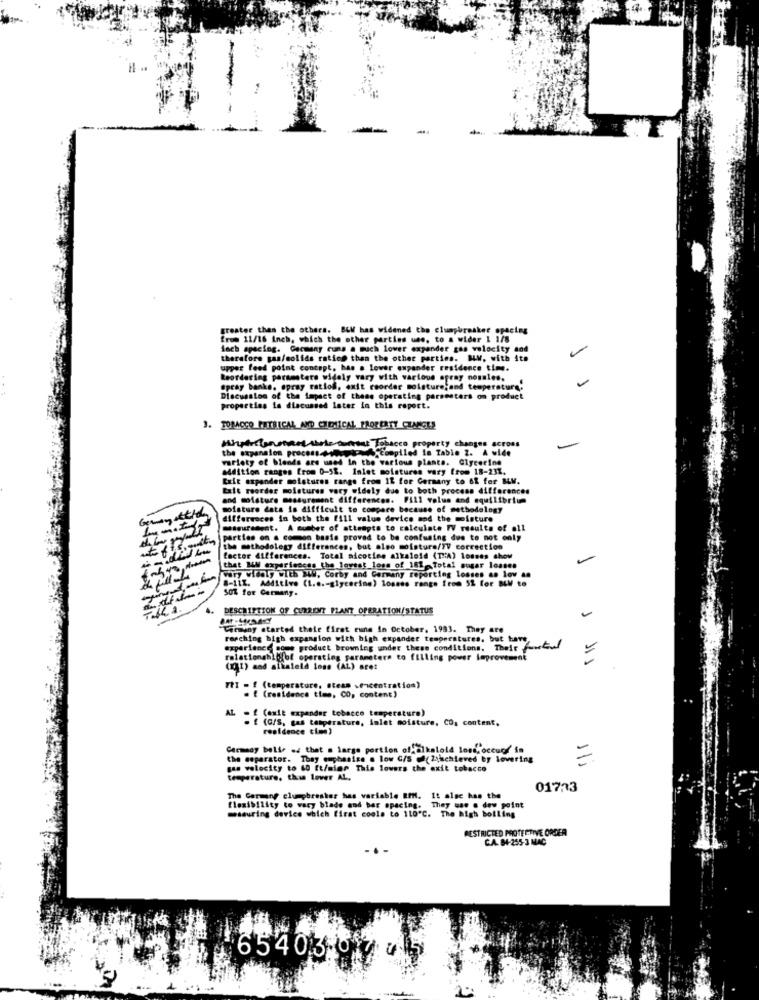
greater than the others. BEM has widened the clumpbreaker spacing
from 11/16 Inch, which the other parties une, to a wider 1 1/8
inch spacing. Germany runs a much lower expander gas velocity and
therefore gas/solids ration than the other parties. MV, with ita
upper feed point concept, has a lower expander residence time.
Reordering parameters widely vary with various spray nogales,
spray banke. spray ratios, exit reorder moisture,and temperature.
Discussion of the impact of thees operating parsenters om product
properties Is discussed later in this report.
3. TOBACCO PUTRICAL AND CHEMICAL MAOFERTY CUNAGLE
Mhpfranseetthele durst Tobacco property changes across
the expansion procent -..... . compiled in Table 2. A wide
variety of blends are used in the various plants. Glycerine
addition ranges from 0-52. Inlet moistures vary from 18-231.
Exit expander moistures range from IL for Germany to &t for BLV.
Lait reorder moistures vary widely due to both process differences
and moisture measurement differences. Fill volus and equilibrium
moisture data is difficult to compare because of methodology
differences in both the Eill value device and the moisture
measurement. A number of attempts to calculate WV results of all
parties on a common basis proved to be confusing due to not only
the methodology differences, but also moisture/TV correction
factor differences. Total nicotine alkaloid (T :: A) Losses show
that MM experiences the lowest loss of 181-Total sugar losses
vary widely with WWW, Corby and Germany reporting losses as low as
8-111. Additive (1 ...- glycerine) losess range from 5& for MM to
50% for Germany.
DESCRIPTION OF CURRENT PLANT OPERATION/STATUS
"Cimmuny started thele first runs in October. 1983. They are
reaching bigh expansion with bigh expander temperatures, but here,
experience some product browning under these conditions, Their feetof
relationghltfof operating parameters to filling power improvement
111
(1) and alkaleld loss (AL) aret
TRI - ! (temperature, steam .encentration)
. E (residence time, CO, content)
AL = f (amit expander tobacco temperatura)
- £ (C/S, gas temperature, inlet moisture, CO, content,
residence time)
Germany belie os that a large portion of alkaloid loss, occuof Sa
the esparator. Thay emphasize @ low C/S @f(Ziiachieved by levering
=
gas velocity to 60 [t/mime This lowers the exit tobacco
temperature, this Lover AL.
017:33
The Germany clumpbresker has variable BPM. It alsc has the
measuring device which first coole to 110"℃. The high boiling
flexibility to vary blade and bar spacing. They was . dew point
RESTRICTED PROTE CTIVE ORDER
C.A. 84-255-3 MAC
..
65403 0 7 05